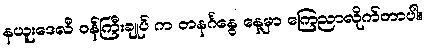
နယူးဒေလီ ဝန်ကြီးချုပ် က တနင်္ဂနွေ နေ့မှာ ကြေညာလိုက်တာပါ။